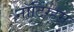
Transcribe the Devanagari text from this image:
नाॅटिंग्हम